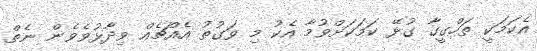
އެކަމަކީ ތަހްގީގާ ގުޅޭ ކަމަކަށްވުމާ އެކު މި ވަގުތު އެއްޗެއް ވިދާޅުވެވެން ނެތް